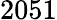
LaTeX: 2051